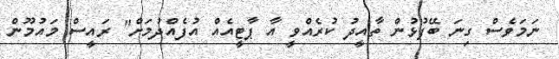
ނަމަވެސް ގިނަ ބޭފުޅުން ތާއީދު ކުރެއްވީ އާ ޕާޓީއެއް އުފެއްދުމަށް" ރައީސް މައުމޫން